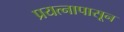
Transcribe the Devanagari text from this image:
प्रयत्‍नापासून